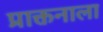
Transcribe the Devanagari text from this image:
प्राक्तनाला